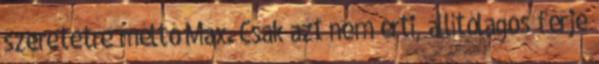
szeretetre méltó Max. Csak azt nem érti, állítólagos férje